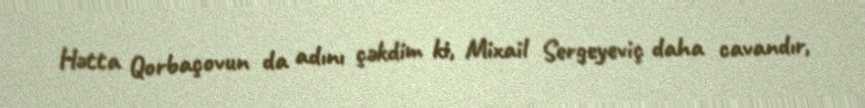
Hətta Qorbaçovun da adını çəkdim ki, Mixail Sergeyeviç daha cavandır,